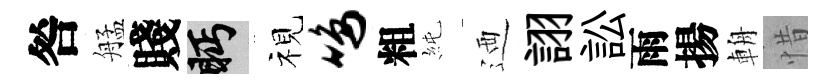
咎艋賤眄视鸣粗純迺詡訟雨揚輈惜